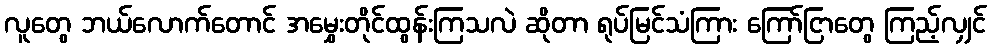
လူတွေ ဘယ်လောက်တောင် အမွှေးတိုင်ထွန်းကြသလဲ ဆိုတာ ရုပ်မြင်သံကြား ကြော်ငြာတွေ ကြည့်လျှင်